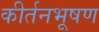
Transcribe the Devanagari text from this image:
कीर्तनभूषण